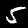
Label: 5